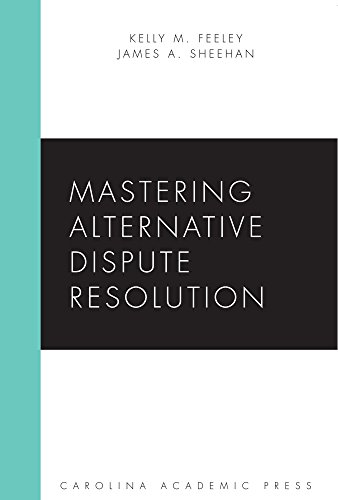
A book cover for Mastering Alternative Dispute Resolution (Carolina Academic Press Mastering); Kelly M. Feeley; Law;